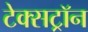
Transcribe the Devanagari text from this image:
टेक्सट्रॉन